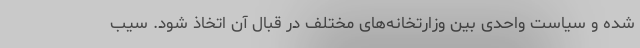
شده و سیاست واحدی بین وزارتخانه‌های مختلف در قبال آن اتخاذ شود. سیب